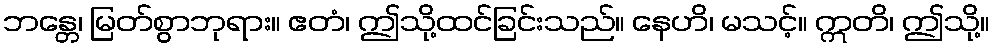
ဘန္တေ၊ မြတ်စွာဘုရား။ ဧတံ၊ ဤသို့ထင်ခြင်းသည်။ နေဟိ၊ မသင့်။ ဣတိ၊ ဤသို့။